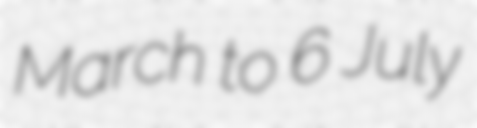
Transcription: March to 6 July